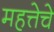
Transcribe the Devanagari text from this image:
महत्तेचे